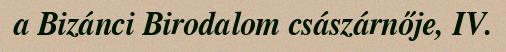
a Bizánci Birodalom császárnője, IV.